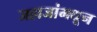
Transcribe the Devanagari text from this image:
जहाजांमधून